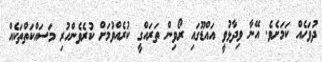
ދުވަހެއް ކަމަށެވެ. އޭނާ ވިދާޅުވީ އައްޑޫގައި ރޯވިން ތަރައްގީ ކުރެއްވުމަށް ކުރެވެންހުރި މަސައްކަތްތަކެއް